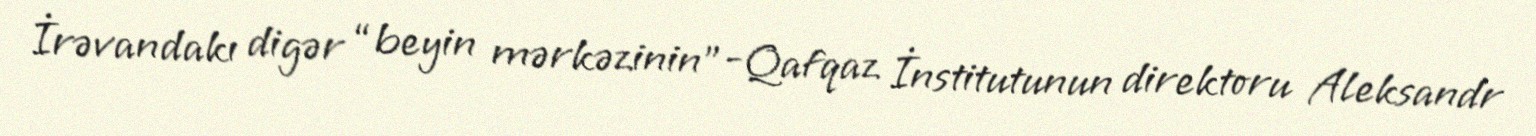
İrəvandakı digər “beyin mərkəzinin”-Qafqaz İnstitutunun direktoru Aleksandr